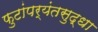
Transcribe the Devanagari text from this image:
फुटांपर्यंतसुद्धा